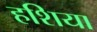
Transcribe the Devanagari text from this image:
हशिया